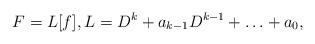
LaTeX: \begin{align*} F = L[f], L = D^k + a_{k-1}D^{k-1} + \ldots + a_0 ,\end{align*}